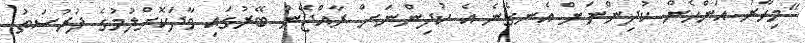
"މިހާރު އަންހެން ކުދިންނަށް އެނގޭނެ އެ ކުދިންނަށް ރާއްޖޭން ބޭރުގައި ވާދަކޮށްލުމުގެ ފުރުސަތު